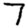
Digit: 7